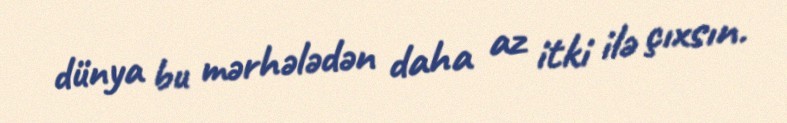
dünya bu mərhələdən daha az itki ilə çıxsın.